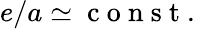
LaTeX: e/a\simeq\mathrm{~c~o~n~s~t~.~}